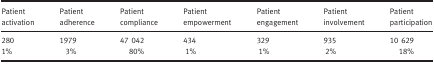
<table><thead><tr><td><b>Patient activation</b></td><td><b>Patient adherence</b></td><td><b>Patient compliance</b></td><td><b>Patient empowerment</b></td><td><b>Patient engagement</b></td><td><b>Patient involvement</b></td><td><b>Patient participation</b></td></tr></thead><tbody><tr><td>280</td><td>1979</td><td>47 042</td><td>434</td><td>329</td><td>935</td><td>10 629</td></tr><tr><td>1%</td><td>3%</td><td>80%</td><td>1%</td><td>1%</td><td>2%</td><td>18%</td></tr></tbody></table>